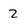
Character: 2